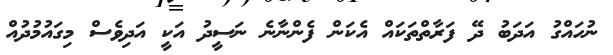
ނުހައްގު އަދަބު ދޭ ފަރާތްތަކައް އެކަން ފެންނާނެ ނަސީދު އަކީ އަދިވެސް މިގައުމުދުއް